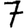
Digit: 7